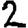
Digit: 2